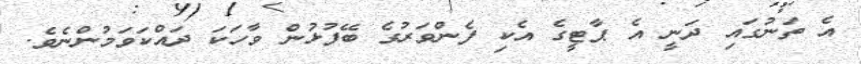
އެ ތަނުގައި ދަނީ އެ ޕާޓީގެ އެކި ފެންވަރުގެ ބޭފުޅުން ވާހަކަ ދައްކަވަމުންނެވެ.